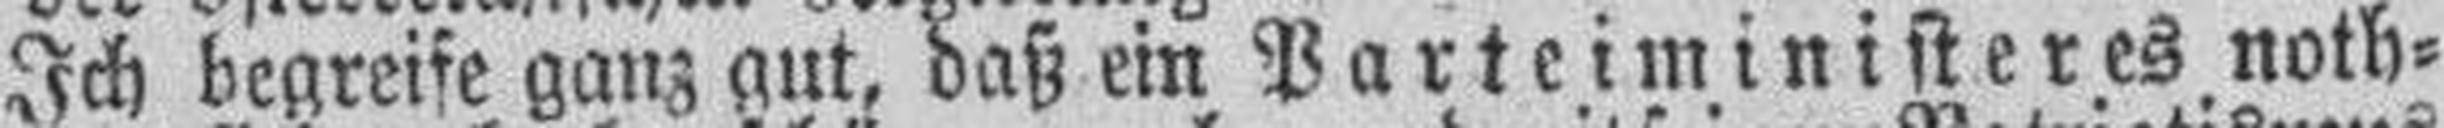
Ich begreife ganz gut, daß ein Parteiministeres noth¬